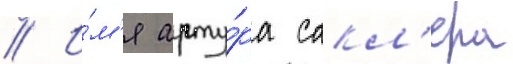
// И́м'я арту́ра сакл'ера